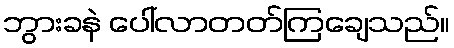
ဘွားခနဲ ပေါ်လာတတ်ကြချေသည်။